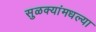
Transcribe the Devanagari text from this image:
सुळक्यांमधल्या